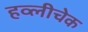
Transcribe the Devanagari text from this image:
हव्लीचेक